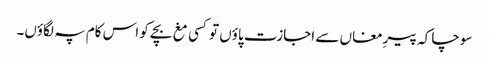
سوچا کہ پیرِ مغاں سے اجازت پاؤں تو کسی مغ بچے کو اس کام پہ لگاؤں۔